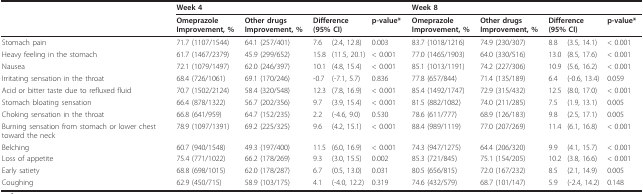
<table><thead><tr><td></td><td colspan="5"><b>Week 4</b></td><td colspan="5"><b>Week 8</b></td></tr><tr><td></td><td><b>OmeprazoleImprovement, %</b></td><td><b>Other drugsImprovement, %</b></td><td colspan="2"><b>Difference (95% CI)</b></td><td><b>p-value*</b></td><td><b>OmeprazoleImprovement, %</b></td><td><b>Other drugsImprovement, %</b></td><td colspan="2"><b>Difference (95% CI)</b></td><td><b>p-value*</b></td></tr></thead><tbody><tr><td>Stomach pain</td><td>71.7 (1107/1544)</td><td>64.1 (257/401)</td><td>7.6</td><td>(2.4, 12.8)</td><td>0.003</td><td>83.7 (1018/1216)</td><td>74.9 (230/307)</td><td>8.8</td><td>(3.5, 14.1)</td><td>&lt; 0.001</td></tr><tr><td>Heavy feeling in the stomach</td><td>61.7 (1467/2379)</td><td>45.9 (299/652)</td><td>15.8</td><td>(11.5, 20.1)</td><td>&lt; 0.001</td><td>77.0 (1465/1903)</td><td>64.0 (330/516)</td><td>13.0</td><td>(8.5, 17.6)</td><td>&lt; 0.001</td></tr><tr><td>Nausea</td><td>72.1 (1079/1497)</td><td>62.0 (246/397)</td><td>10.1</td><td>(4.8, 15.4)</td><td>&lt; 0.001</td><td>85.1 (1013/1191)</td><td>74.2 (227/306)</td><td>10.9</td><td>(5.6, 16.2)</td><td>&lt; 0.001</td></tr><tr><td>Irritating sensation in the throat</td><td>68.4 (726/1061)</td><td>69.1 (170/246)</td><td>-0.7</td><td>(-7.1, 5.7)</td><td>0.836</td><td>77.8 (657/844)</td><td>71.4 (135/189)</td><td>6.4</td><td>(-0.6, 13.4)</td><td>0.059</td></tr><tr><td>Acid or bitter taste due to refluxed fluid</td><td>70.7 (1502/2124)</td><td>58.4 (320/548)</td><td>12.3</td><td>(7.8, 16.9)</td><td>&lt; 0.001</td><td>85.4 (1492/1747)</td><td>72.9 (315/432)</td><td>12.5</td><td>(8.0, 17.0)</td><td>&lt; 0.001</td></tr><tr><td>Stomach bloating sensation</td><td>66.4 (878/1322)</td><td>56.7 (202/356)</td><td>9.7</td><td>(3.9, 15.4)</td><td>&lt; 0.001</td><td>81.5 (882/1082)</td><td>74.0 (211/285)</td><td>7.5</td><td>(1.9, 13.1)</td><td>0.005</td></tr><tr><td>Choking sensation in the throat</td><td>66.8 (641/959)</td><td>64.7 (152/235)</td><td>2.2</td><td>(-4.6, 9.0)</td><td>0.530</td><td>78.6 (611/777)</td><td>68.9 (126/183)</td><td>9.8</td><td>(2.5, 17.1)</td><td>0.005</td></tr><tr><td>Burning sensation from stomach or lower chest toward the neck</td><td>78.9 (1097/1391)</td><td>69.2 (225/325)</td><td>9.6</td><td>(4.2, 15.1)</td><td>&lt; 0.001</td><td>88.4 (989/1119)</td><td>77.0 (207/269)</td><td>11.4</td><td>(6.1, 16.8)</td><td>&lt; 0.001</td></tr><tr><td>Belching</td><td>60.7 (940/1548)</td><td>49.3 (197/400)</td><td>11.5</td><td>(6.0, 16.9)</td><td>&lt; 0.001</td><td>74.3 (947/1275)</td><td>64.4 (206/320)</td><td>9.9</td><td>(4.1, 15.7)</td><td>&lt; 0.001</td></tr><tr><td>Loss of appetite</td><td>75.4 (771/1022)</td><td>66.2 (178/269)</td><td>9.3</td><td>(3.0, 15.5)</td><td>0.002</td><td>85.3 (721/845)</td><td>75.1 (154/205)</td><td>10.2</td><td>(3.8, 16.6)</td><td>&lt; 0.001</td></tr><tr><td>Early satiety</td><td>68.8 (698/1015)</td><td>62.0 (178/287)</td><td>6.7</td><td>(0.5, 13.0)</td><td>0.031</td><td>80.5 (656/815)</td><td>72.0 (167/232)</td><td>8.5</td><td>(2.1, 14.9)</td><td>0.005</td></tr><tr><td>Coughing</td><td>62.9 (450/715)</td><td>58.9 (103/175)</td><td>4.1</td><td>(-4.0, 12.2)</td><td>0.319</td><td>74.6 (432/579)</td><td>68.7 (101/147)</td><td>5.9</td><td>(-2.4, 14.2)</td><td>0.148</td></tr></tbody></table>